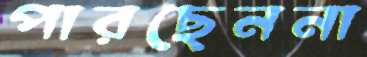
পারছেননা